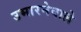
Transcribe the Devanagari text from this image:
उभारनेवाले